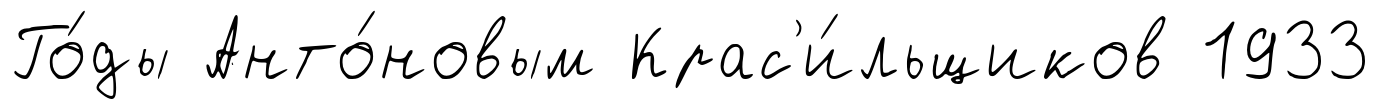
Го́ды Анто́новым Крас'и́льщиков 1933